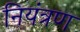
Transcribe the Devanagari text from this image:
नियंत्रण